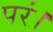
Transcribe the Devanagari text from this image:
परं।